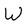
Character: W